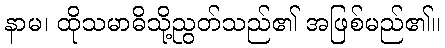
နာမ၊ ထိုသမာဓိသို့ညွတ်သည်၏ အဖြစ်မည်၏။